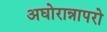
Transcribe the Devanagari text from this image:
अघोरान्नापरो